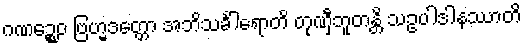
ဂဏဉ္စေဝ ဗြဟ္မဒတ္တော အဘိသင်္ခါရောတိ တုဏှီဘူတန္တိ သဥပါဒါနဿာတိ